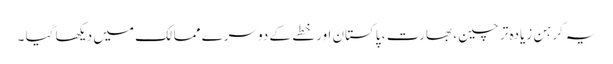
یہ گرہن زیادہ تر چین ، بھارت ، پاکستان اور خطے کے دوسرے ممالک میں دیکھا گیا ۔